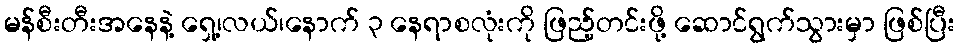
မန်စီးတီးအနေနဲ့ ရှေ့၊လယ်၊နောက် ၃ နေရာစလုံးကို ဖြည့်တင်းဖို့ ဆောင်ရွက်သွားမှာ ဖြစ်ပြီး